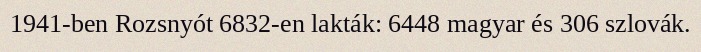
1941-ben Rozsnyót 6832-en lakták: 6448 magyar és 306 szlovák.